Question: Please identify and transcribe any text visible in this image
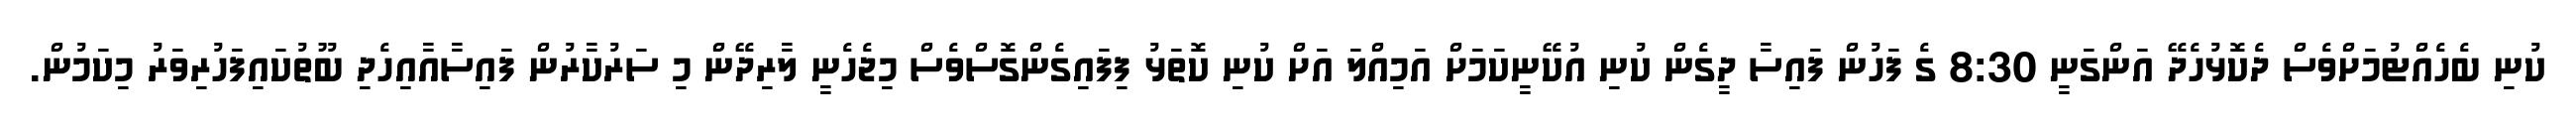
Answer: ކުނި ބެހެއްޓުމަށްވެސް ދެކޮޅުހެދޭ އަންގަނީ 8:30 ގެ ފަހުން ފައިސާ ދީގެން ކުނި އުކޭނީކަމަށް އަމިއްލަ އަށް ކުނި ކޮތަޅު ފިފައިގެންގޮސްވެސް މިޖެހެނީ ލާރިދޭން މި ސަރުކާރުން ފައިސާއާއިހެދި ބޫތުކައިފަހުރިވަރު މިކަމުން.